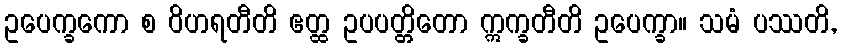
ဥပေက္ခကော စ ဝိဟရတီတိ ဧတ္ထ ဥပပတ္တိတော ဣက္ခတီတိ ဥပေက္ခာ။ သမံ ပဿတိ,